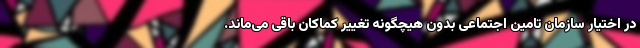
در اختیار سازمان تامین اجتماعی بدون هیچگونه تغییر کماکان باقی می‌ماند.